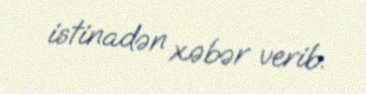
istinadən xəbər verib.